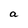
Character: a